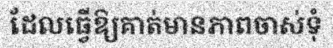
ដែលធ្វើឱ្យគាត់មានភាពចាស់ទុំ